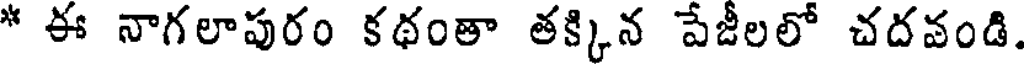
* ఈ నాగలాపురం కథంతా తక్కిన పేజీలలో చదవండి.